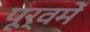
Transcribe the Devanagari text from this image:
पूर्वमें